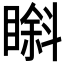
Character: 𱳇